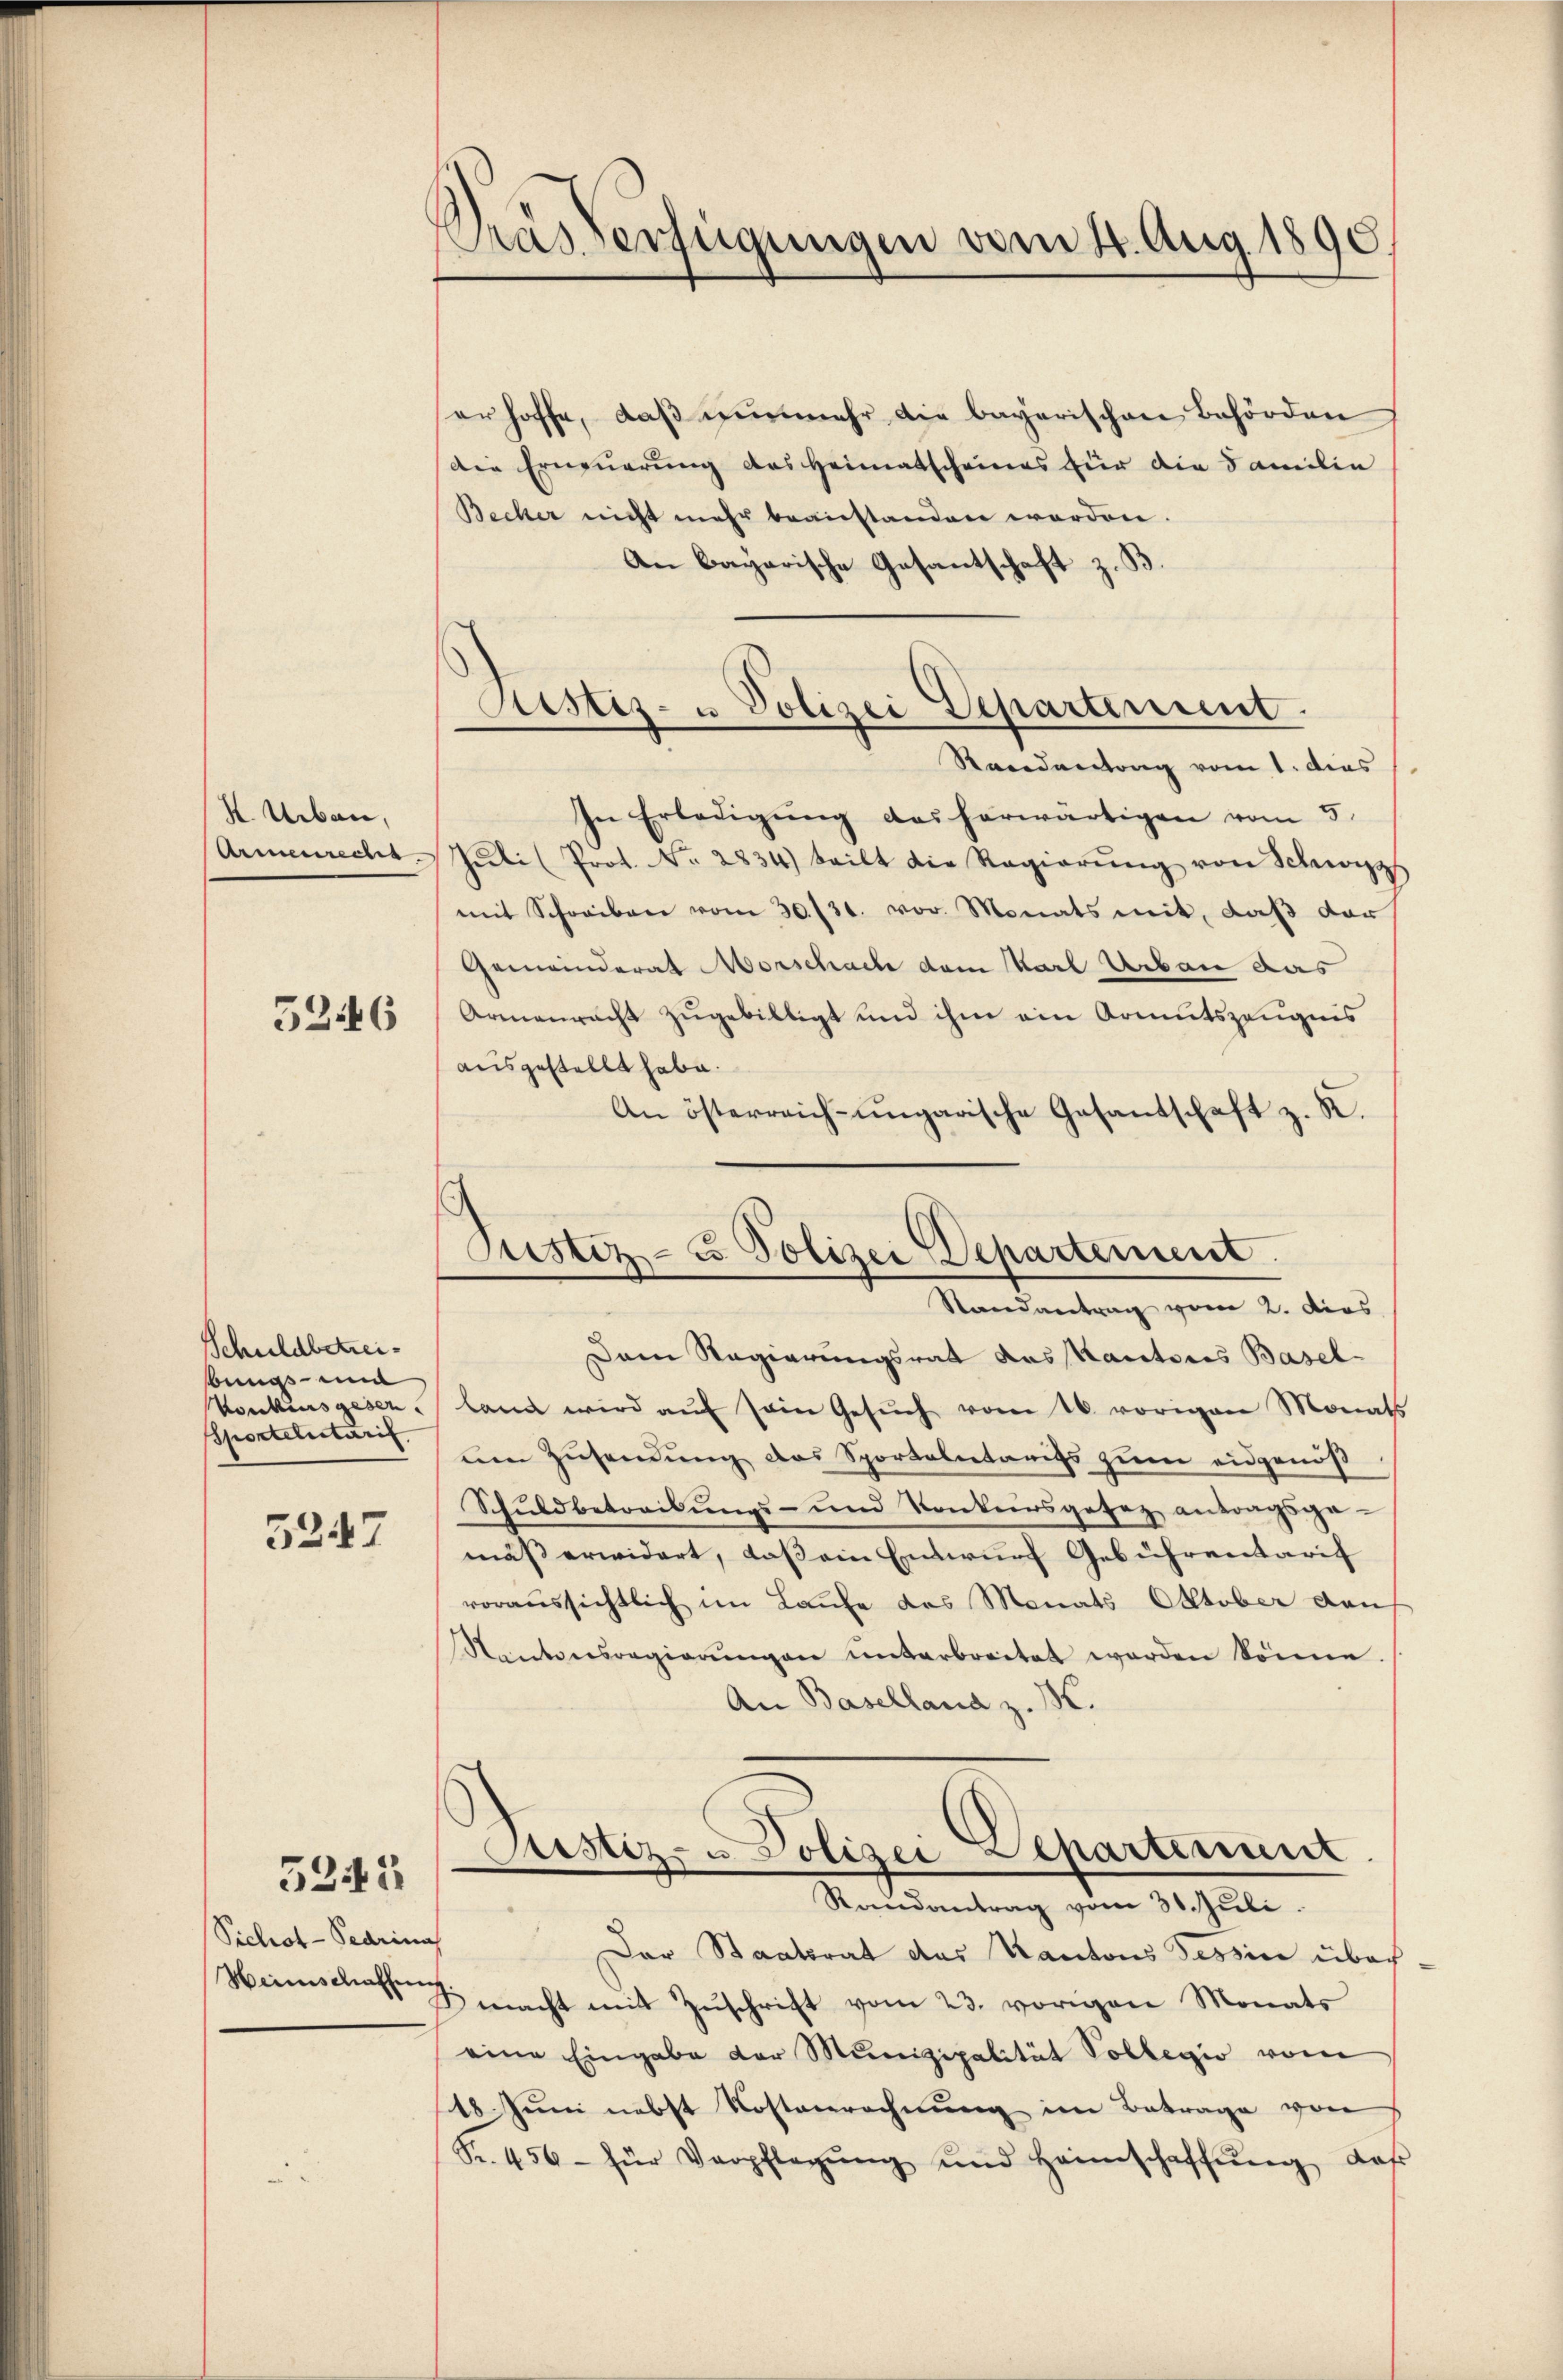
K. Uiben,
Armenrechen.

5246

Schuldbetreibus un
Sporteletarif

5247

5242

Sichrot-Pearina

Kras Verfügungen vom 4. Aug. 1890.

Justiz- u Polizei Departement.
Standentrag vom 1. dies

Justiz- & Polizei Departement.
Randantrag vom 2. Dies

serhoffe, daß nunmehr die bayerischen Behörden
Die Erneŭerŭng des Heimatscheines für die Familie
Becker nicht mehr beanstanden worden.
An bayarische Gesantschaft z. B.
In Erledigŭng des herwärtigen vom 5.
Tieli (Prot. No. 2834) teilt die Regierŭng von Schwyz
)
)
mit Schreiben vom 30./31. vor. Monats mit, daß dar
Gemeinderat Morschache dem Karl Urban das
Armenracht zugebilligt und ihm ein Armutszeugnis
ausgestellt habe.
An österreich-ungarische Gesandschaft z. R.
Dem Regierungsrat das Kantores Basel-
Konkursgeser land wird aŭf sein Gesŭch vom 16. vorigen Monats
uen Zusendung des Sportalitäriss zum eidgenöß
Schuldbetreibungs- und Konkursgefaz antragsge-
mäß erwidert, daß ein Entwurf Gebührentarif
voraussichtlich im Laufe des Monats Oktober den
Kantonsregierŭngen ŭnterbreitet worden könne
An Baselland z. M.
Astiz- u Polizei Departement
Randantrag vom 31. Juli.
Der Staatsrat des Kantons Tessin über
Heimschaften macht mit Zŭschrift vom 23. vorigen Monats
eine Eingabe der Munizipalität Vollegio vom
18 Juni nebst Kostenrechnung im Betrage von
Fr. 456 - für Verpflegŭng und Heimschaffŭng, daß